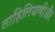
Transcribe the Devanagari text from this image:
ताहिलियाणीऔर